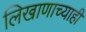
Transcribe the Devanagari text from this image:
लिखाणाच्याही